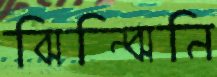
ঝিন্‌ঝিনি